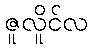
ဇူလိူင်လ